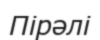
Пірәлі